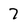
Character: 7